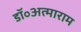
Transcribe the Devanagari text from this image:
डॉ॰अत्माराम